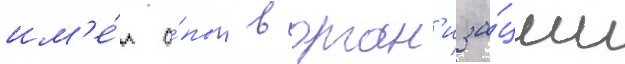
им'е́л о́пыт в орган'иза́ции